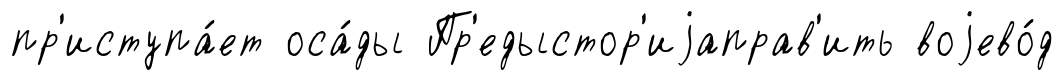
пр'иступа́ет оса́ды Пр'едыстор'иjаправ'ить воjево́д